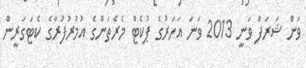
ވަން ޝަރަފް ވަނީ 2013 ވަނަ އަހަރުގެ ޕުކެޓް މެރެތަންގެ އުމުރުފުރާގެ ކެޓަގަރީން